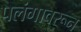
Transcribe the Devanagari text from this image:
पलंगावरून